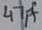
Text: 47pf